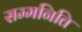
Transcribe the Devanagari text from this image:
सम्मनिति